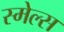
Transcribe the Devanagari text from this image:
स्‍मेल्‍स